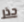
جذر